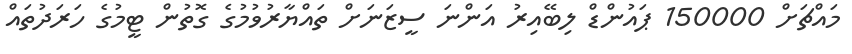
މައްޗަށް 150000 ޕައުންޑް ލިބޭއިރު އަންނަ ސީޒަނަށް ތައްޔާރުވުމުގެ ގޮތުން ޓީމުގެ ހަރަދުތައް